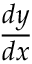
\frac { d y } { d x }